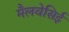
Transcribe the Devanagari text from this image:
मैलवेसिई